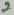
Text: 2